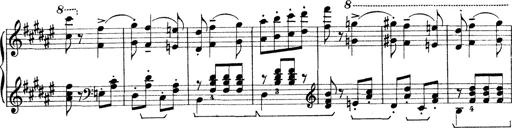
Title: Rapsodie: 19 ungheresi, 1 spagnuola
Composer: Franz Liszt